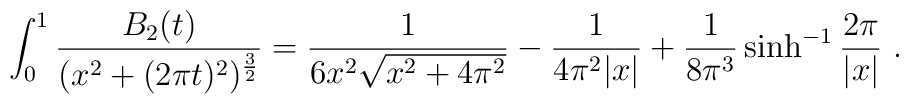
\int_0^1 {B_2(t)\over (x^2+(2\pi t)^2)^{{3\over 2}}}={1\over 6x^2\sqrt{x^2+4\pi^2}}-{1\over 4\pi^2|x|}+{1\over 8\pi^3}\sinh^{-1}{2\pi\over |x|} \ .